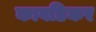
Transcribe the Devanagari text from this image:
कावडिकर